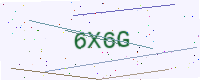
Text: 6X6G